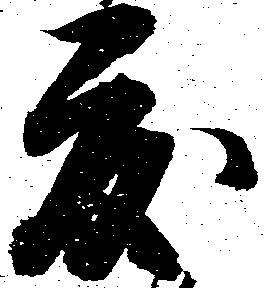
度